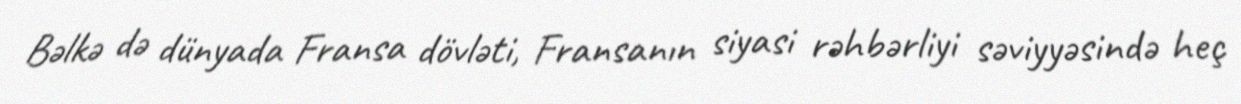
Bəlkə də dünyada Fransa dövləti, Fransanın siyasi rəhbərliyi səviyyəsində heç